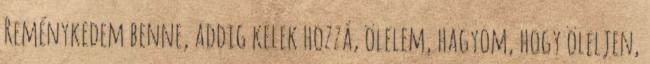
Reménykedem benne, addig kelek hozzá, ölelem, hagyom, hogy öleljen,